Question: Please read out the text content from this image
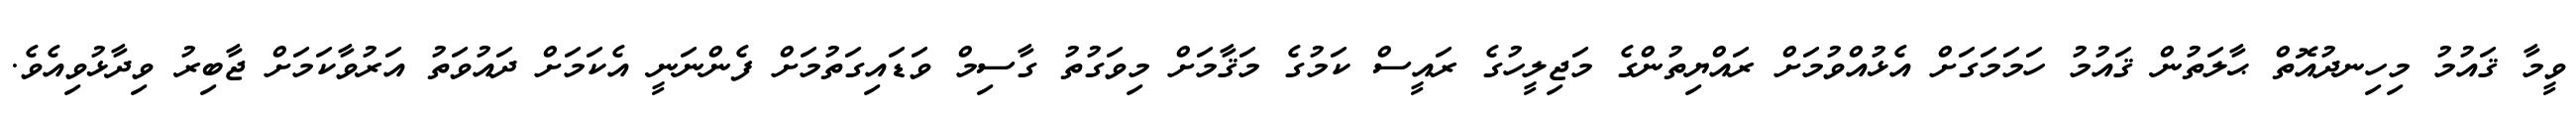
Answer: ވީމާ ޤައުމު މިހިނދުއޮތް ޙާލަތުން ޤައުމު ހަމަމަގަށް އެޅުއްވުމަށް ރައްޔިތުންގެ މަޖިލީހުގެ ރައީސް ކަމުގެ މަޤާމަށް މިވަގުތު ގާސިމް ވަޑައިގަތުމަށް ފެންނަނީ އެކަމަށް ދައުވަތު އަރުވާކަމަށް ޖާބިރު ވިދާޅުވިއެވެ.